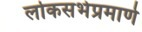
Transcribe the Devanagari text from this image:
लोकसभेप्रमाणे